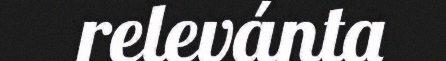
relevánta